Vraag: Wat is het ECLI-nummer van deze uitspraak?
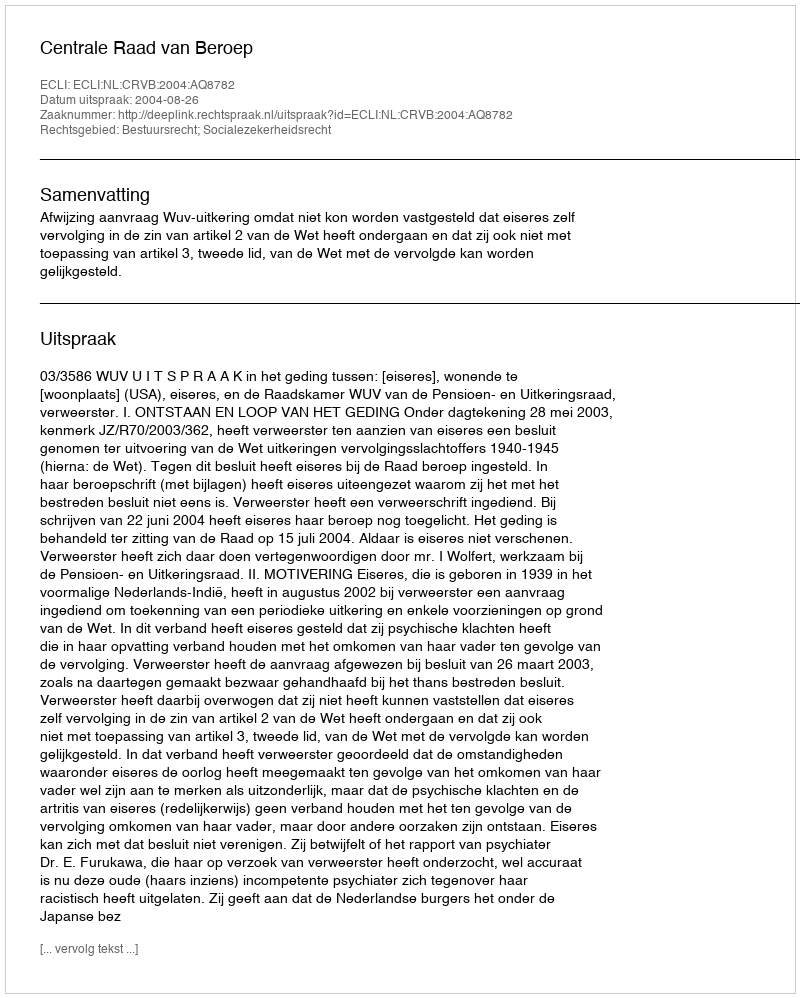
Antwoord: ECLI:NL:CRVB:2004:AQ8782